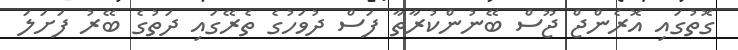
ގޮތުގައި އޮރެންޖް ޖޫސް ބޭނުންކުރާތާ ފަސް ދުވަހުގެ ތެރޭގައި ދަތުގެ ބޭރު ފަށަލަ